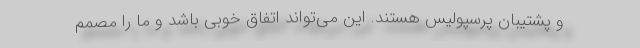
و پشتیبان پرسپولیس هستند. این می‌تواند اتفاق خوبی باشد و ما را مصمم